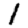
Digit: 1